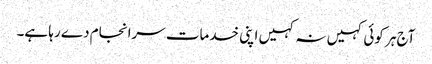
آج ہر کوئی کہیں نہ کہیں اپنی خدمات سرانجام دے رہا ہے۔